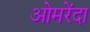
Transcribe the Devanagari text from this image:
ओमरेंदा